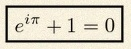
e^{i\pi}+1=0